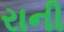
રાની